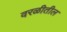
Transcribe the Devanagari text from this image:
वरळीतील